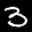
Label: 3